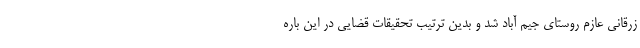
زرقانی عازم روستای جیم آباد شد و بدین ترتیب تحقیقات قضایی در این باره